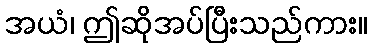
အယံ၊ ဤဆိုအပ်ပြီးသည်ကား။